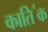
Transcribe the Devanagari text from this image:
काति॔क